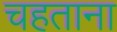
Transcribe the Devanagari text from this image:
चहताना